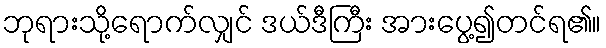
ဘုရားသို့ရောက်လျှင် ဒယ်ဒီကြီး အားပွေ့၍တင်ရ၏။